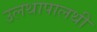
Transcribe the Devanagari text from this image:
उलथापालथी